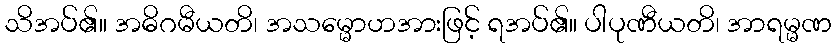
သိအပ်၏။ အဓိဂမီယတိ၊ အသမ္မောဟအားဖြင့် ရအပ်၏။ ပါပုဏီယတိ၊ အာရမ္မဏ